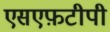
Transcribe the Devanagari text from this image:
एसएफ़टीपी